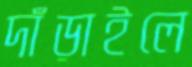
দাঁড়াইলে